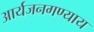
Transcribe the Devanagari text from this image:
आर्यजनगण्याय